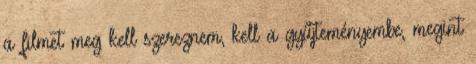
a filmet meg kell szereznem, kell a gyűjteményembe, megint